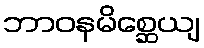
ဘာဝနမိစ္ဆေယျ